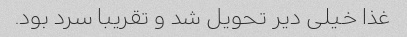
غذا خیلی دیر تحویل شد و تقریبا سرد بود.